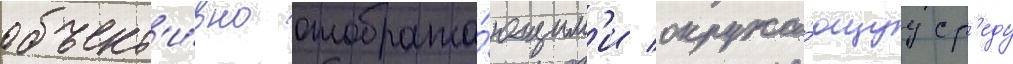
объект'и́вно отобража́ющим'и окружа́ющуу ср'еду